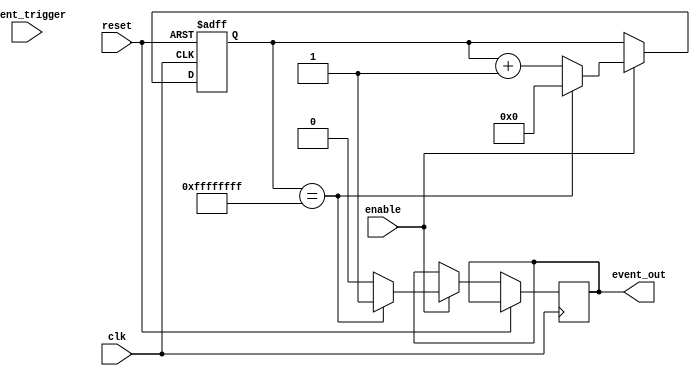
module event_timer (
    input wire clk,
    input wire reset,
    input wire enable,
    input wire event_trigger,
    output wire event_out
);

reg [31:0] count;

always @ (posedge clk or posedge reset) begin
    if (reset) begin
        count <= 32'b0;
    end else if (enable) begin
        if (count == 32'hFFFFFFFF) begin
            count <= 32'b0;
            event_out <= 1'b1;
        end else begin
            count <= count + 1;
            event_out <= 1'b0;
        end
    end
end

endmodule